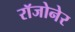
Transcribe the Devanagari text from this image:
रॉजोनेर